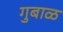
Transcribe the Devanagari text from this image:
गुबाळ